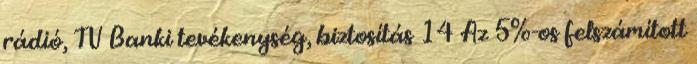
rádió, TV Banki tevékenység, biztosítás 14 Az 5%-os felszámított